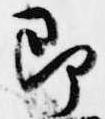
即